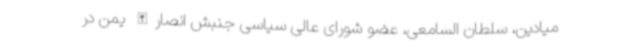
میادین، سلطان السامعی، عضو شورای عالی سیاسی جنبش انصارالله یمن در